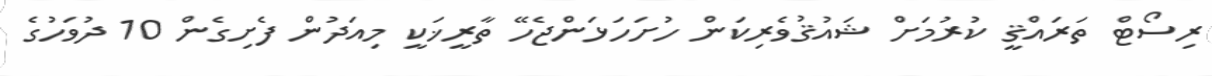
ރިސޯޓް ތަރައްޤީ ކުރުމަށް ޝައުޤުވެރިކަން ހުށަހަޅަންޖެހޭ ތާރީޚަކީ މިއަދުން ފެށިގެން 10 ދުވަހުގެ